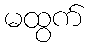
မထွက်